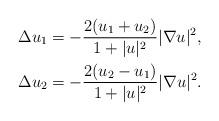
LaTeX: \begin{align*}\Delta u_1 &= - \frac{2(u_1+u_2)}{1+|u|^2}|\nabla u|^2, \\\Delta u_2 &= - \frac{2(u_2-u_1)}{1+|u|^2}|\nabla u|^2.\end{align*}